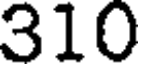
310